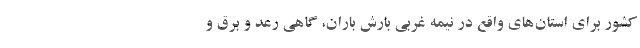
کشور برای استان‌های واقع در نیمه غربی بارش باران، گاهی رعد و برق و